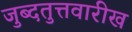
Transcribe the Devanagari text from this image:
जुब्दतुत्तवारीख